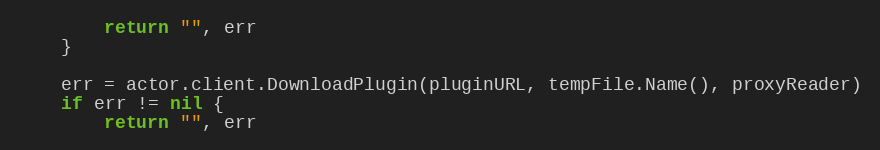
Language: Go
		return "", err
	}

	err = actor.client.DownloadPlugin(pluginURL, tempFile.Name(), proxyReader)
	if err != nil {
		return "", err